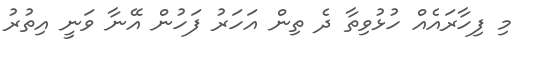
މި ފިހާރައެއް ހުޅުވިތާ ދެ ތިން އަހަރު ފަހުން އޭނާ ވަނީ އިތުރު